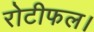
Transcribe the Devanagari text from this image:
रोटीफल।